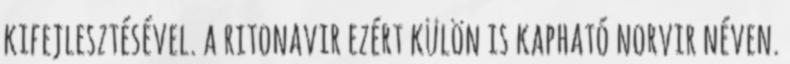
kifejlesztésével. a ritonavir ezért külön is kapható norvir néven.